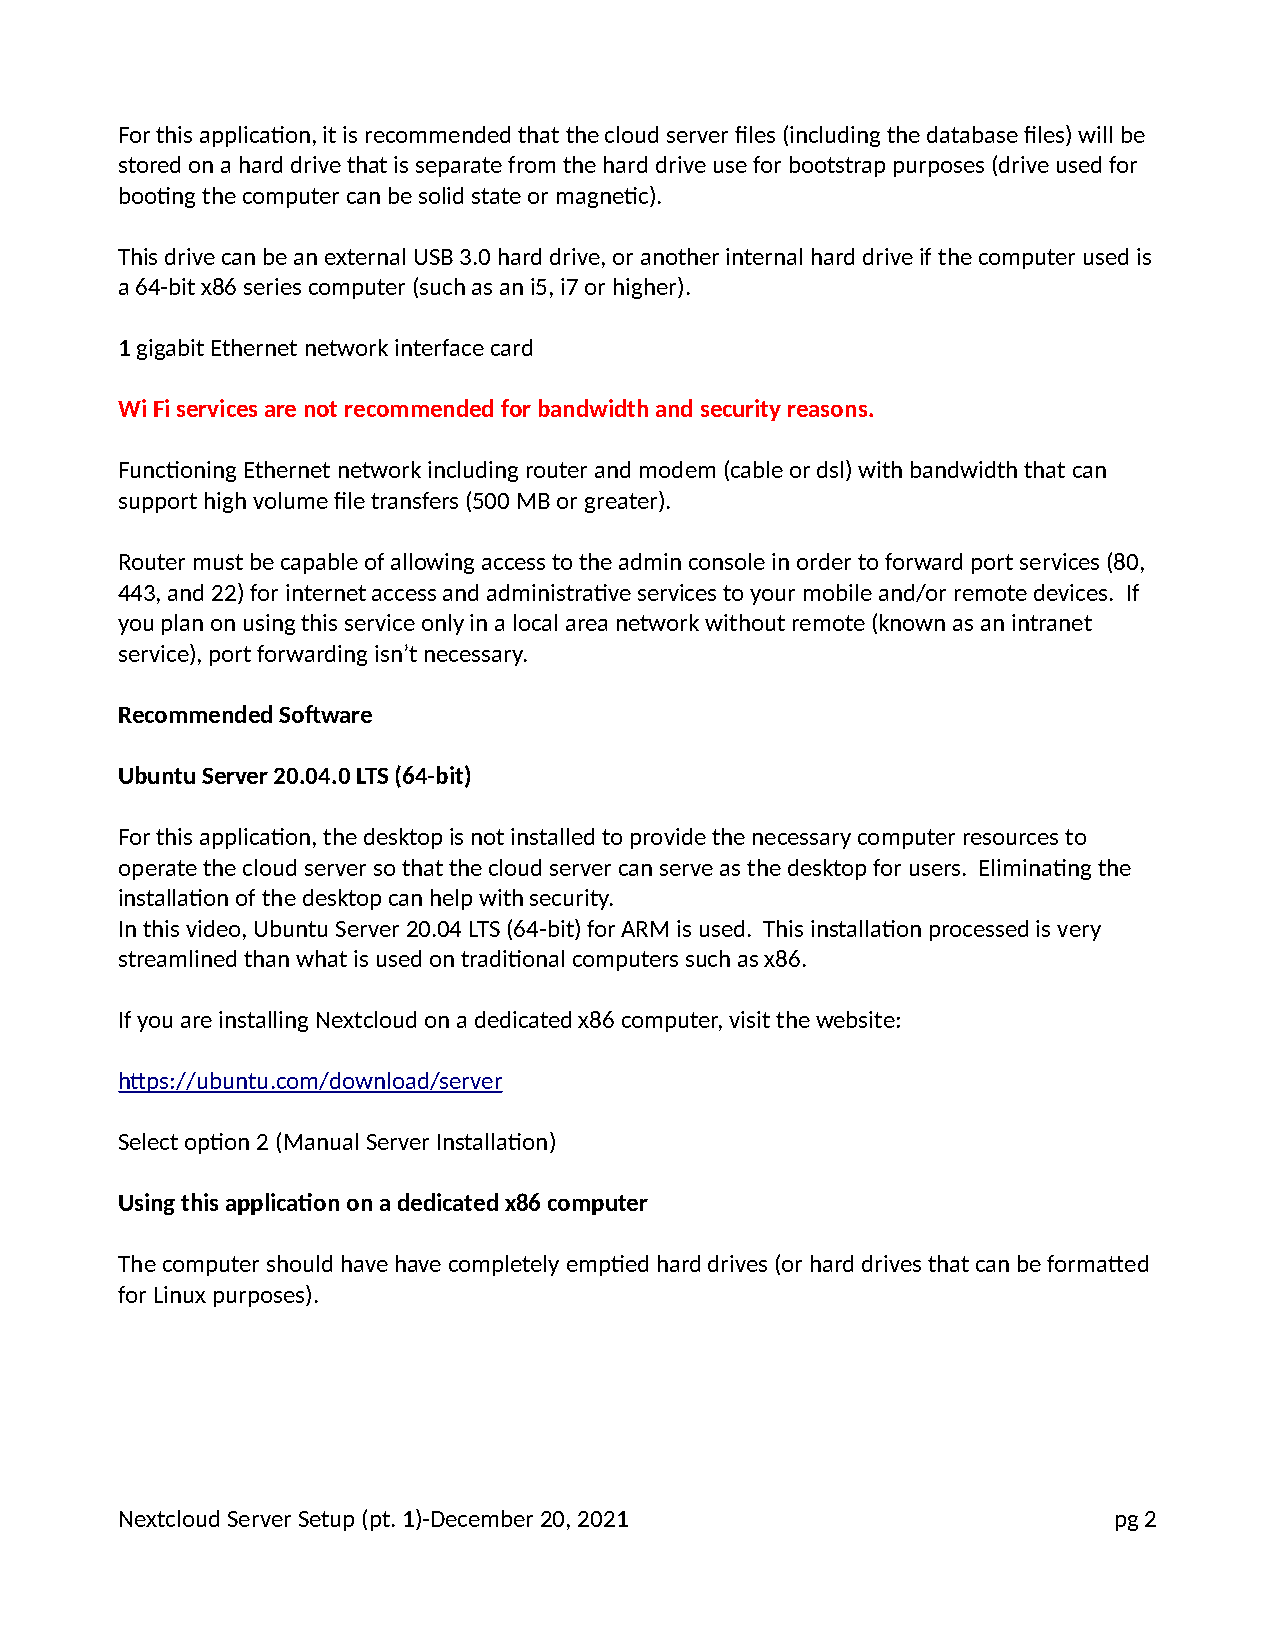
For this application, it is recommended that the cloud server files (including the database files) will be
 stored on a hard drive that is separate from the hard drive use for bootstrap purposes (drive used for
 booting the computer can be solid state or magnetic).
 This drive can be an external USB 3.0 hard drive, or another internal hard drive if the computer used is
 a 64-bit x86 series computer (such as an i5, i7 or higher).
 1 gigabit Ethernet network interface card
 Wi Fi services are not recommended for bandwidth and security reasons.
 Functioning Ethernet network including router and modem (cable or dsl) with bandwidth that can
 support high volume file transfers (500 MB or greater).
 Router must be capable of allowing access to the admin console in order to forward port services (80,
 443, and 22) for internet access and administrative services to your mobile and/or remote devices. If
 you plan on using this service only in a local area network without remote (known as an intranet
 service), port forwarding isn’t necessary.
 Recommended Software
 Ubuntu Server 20.04.0 LTS (64-bit)
 For this application, the desktop is not installed to provide the necessary computer resources to
 operate the cloud server so that the cloud server can serve as the desktop for users. Eliminating the
 installation of the desktop can help with security.
 In this video, Ubuntu Server 20.04 LTS (64-bit) for ARM is used. This installation processed is very
 streamlined than what is used on traditional computers such as x86.
 If you are installing Nextcloud on a dedicated x86 computer, visit the website:
 https://ubuntu.com/download/server
 Select option 2 (Manual Server Installation)
 Using this application on a dedicated x86 computer
 The computer should have have completely emptied hard drives (or hard drives that can be formatted
 for Linux purposes).
 Nextcloud Server Setup (pt. 1)-December 20, 2021                  pg 2